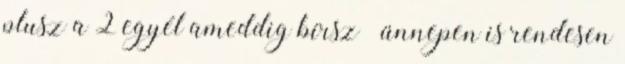
plusz a 2 egyél ameddig bírsz” ünnepen is rendesen